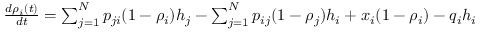
\begin{array} { r } { \frac { d \rho _ { i } ( t ) } { d t } = \sum _ { j = 1 } ^ { N } p _ { j i } ( 1 - \rho _ { i } ) h _ { j } - \sum _ { j = 1 } ^ { N } p _ { i j } ( 1 - \rho _ { j } ) h _ { i } + x _ { i } ( 1 - \rho _ { i } ) - q _ { i } h _ { i } } \end{array}